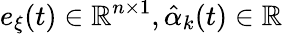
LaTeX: e_{\xi}(t)\in\mathbb{R}^{n\times 1},{\hat{\alpha}}_{k}(t)\in\mathbb{R}